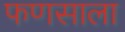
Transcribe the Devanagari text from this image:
फणसाला